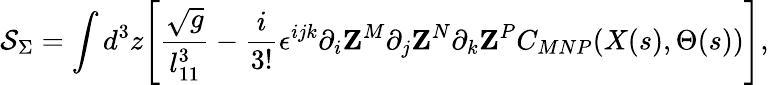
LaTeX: {\cal S}_{\Sigma}=\int d^{3}z\Biggl[{\frac{\sqrt{g}}{l_{11}^{3}}}-{\frac{i}{3!}}\epsilon^{ijk}\partial_{i}{\mathbf Z}^{M}\partial_{j}{\mathbf Z}^{N}\partial_{k}{\mathbf Z}^{P}C_{MNP}(X(s),\Theta(s))\Biggr],